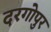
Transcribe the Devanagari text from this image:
दरगोपुर